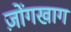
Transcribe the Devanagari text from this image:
ज़ोंगखाग